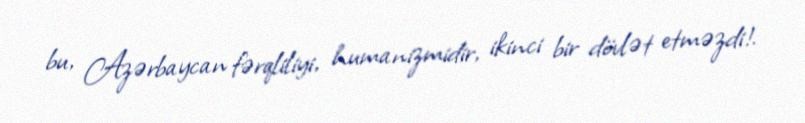
bu, Azərbaycan fərqliliyi, humanizmidir, ikinci bir dövlət etməzdi!.